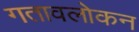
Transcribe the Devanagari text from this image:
गतावलोकन